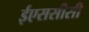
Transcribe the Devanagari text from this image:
ईएससीसी